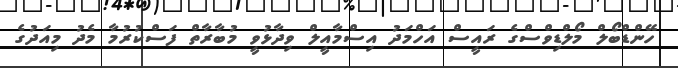
ހޭންޑްބޯލް މޯލްޑިވްސްގެ ރައީސް އަހްމަދު އިސްމާއީލް ވިދާޅުވީ މުބާރާތް ފަސްކުރުމާ މެދު މިއަދުގެ